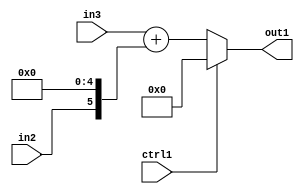
`timescale 1ps / 1ps
/*****************************************************************************
    Verilog RTL Description
    
    
    Created by: Stratus DpOpt 2019.1.01 
*******************************************************************************/

module st_weight_addr_gen_Muxi0Add2Cati0u1u16u1_4_1 (
	in3,
	in2,
	ctrl1,
	out1
	); /* architecture "behavioural" */ 
input [15:0] in3;
input  in2,
	ctrl1;
output [15:0] out1;
wire [15:0] asc001,
	asc002;
wire [5:0] asc003;

assign asc003 = {in2,5'B00000};

assign asc002 = 
	+(in3)
	+(asc003);

reg [15:0] asc001_tmp_0;
assign asc001 = asc001_tmp_0;
always @ (ctrl1 or asc002) begin
	case (ctrl1)
		1'B1 : asc001_tmp_0 = 16'B0000000000000000 ;
		default : asc001_tmp_0 = asc002 ;
	endcase
end

assign out1 = asc001;
endmodule

/* CADENCE  vrL1Qww= : u9/ySgnWtBlWxVPRXgAZ4Og= ** DO NOT EDIT THIS LINE ******/